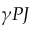
\gamma P J